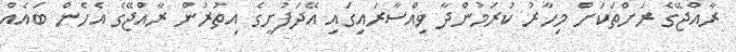
ރާއްޖޭގެ ރަށްތަކަށް މިހާރު ކުރަމުންދާ ވިއްސާރައިގައި އޭދަފުށީގެ އިތުރުން ރާއްޖޭގެ އެހެން ބައެއް